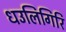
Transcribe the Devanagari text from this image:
धउलिगिरि